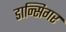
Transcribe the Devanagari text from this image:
डान्सिगर